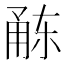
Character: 𭺻